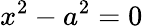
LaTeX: x^{2}-a^{2}=0